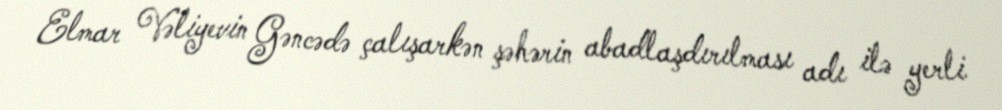
Elmar Vəliyevin Gəncədə çalışarkən şəhərin abadlaşdırılması adı ilə yerli